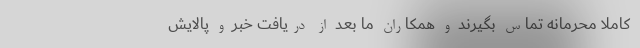
کاملاً محرمانه تماس بگیرند و همکاران ما بعد از دریافت خبر و پالایش